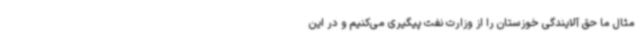
مثال ما حق آلایندگی خوزستان را از وزارت نفت پیگیری می‌کنیم و در این